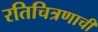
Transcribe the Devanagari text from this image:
रतिचित्रणाची